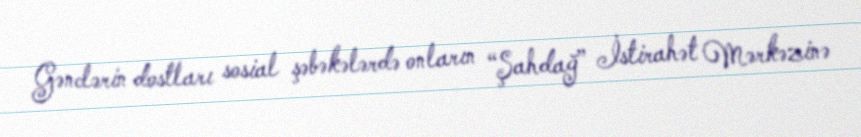
Gənclərin dostları sosial şəbəkələrdə onların “Şahdağ” İstirahət Mərkəzinə